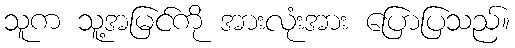
သူက သူ့အမြင်ကို အားလုံးအား ပြောပြသည်။